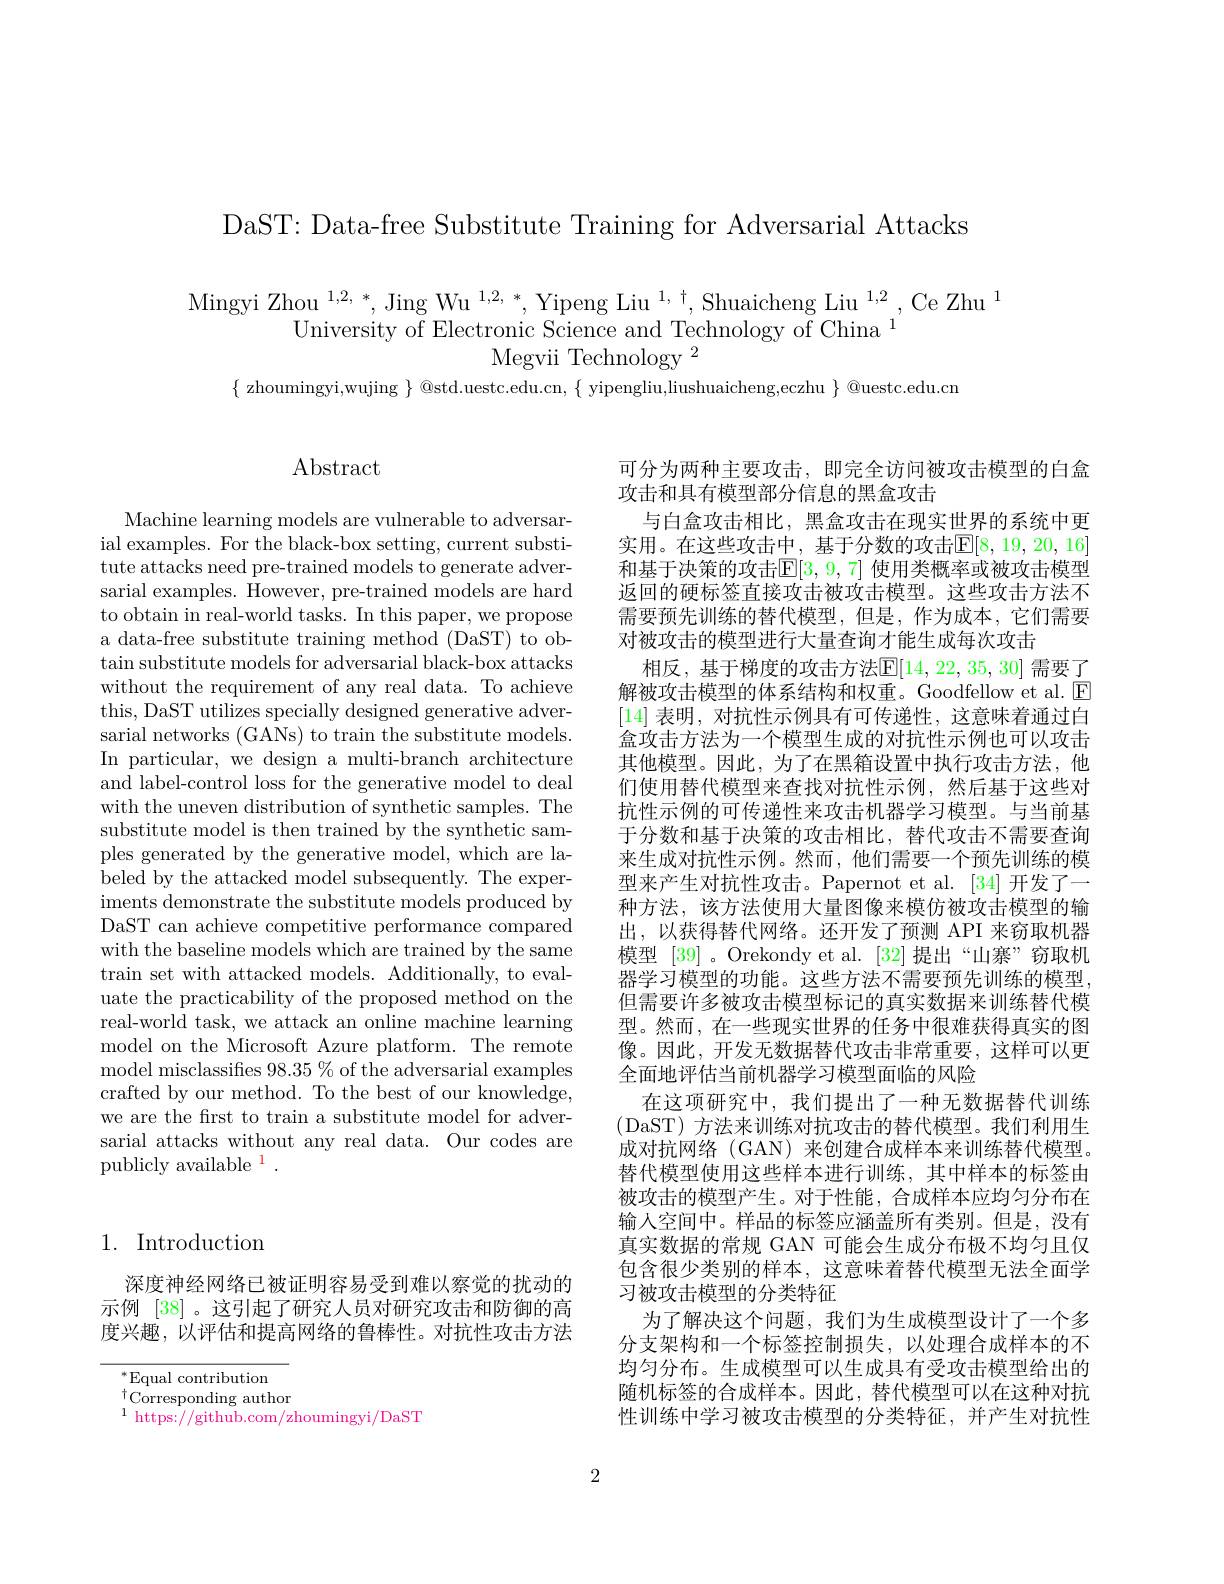
DaST: Data-free Substitute Training for Adversarial Attacks

Mingyi Zhou$^{1,2,\:*}$,Jing Wu$^{1,2,\:*}$,Yipeng Liu$^{1,\:\dagger}$,Shuaicheng Liu$^{1,2}$,Ce Zhu$^{1}$University of Electronic Science and Technology of China$^{1}$
$\mathrm{Megvii~Technologv}^{2}$

$\{$ zhoumingyi,wujing $\}$ @std.uestc.edu.cn, $\{$ yipengliu,liushuaicheng,eczhu $\}$ @uestc.edu.cn

## 1. Introduction

深度神经网络已被证明容易受到难以察觉的扰动的示例 [38]。这引起了研究人员对研究攻击和防御的高度兴趣，以评估和提高网络的鲁棒性。对抗性攻击方法

$^{*}$Equal contribution
$^{\dagger}$Corresponding author
$^{1}$ https://github.com/zhoumingyi/DaST

## $\operatorname{Abstract}$

Machine learning models are vulnerable to adversarial examples. For the black-box setting, current substitute attacks need pre-traine sarial examples. However, pre-trained models are hard to obtain in real-world task a data-free substitute training method (DaST) to obtain substitute models for adversarial black-box attacks without the requirement of any real data. To achieve this, DaST utilizes specially designed generative adversarial networks (GANs) to train the substitute models. In particular, we design a multi-branch architecture and label-control loss for the generative model to deal with the uneven distribution of synthetic samples. The substitute model is then trained by the synthetic samples generated by the generative model, which are la- $\bar{\text{beled by the attacked model subsequently. The exper-}}$ iments demonstrate the subst DaST can achieve competitive performance compared with the baseline models which are trained by the same train set with attacked models. Additionally, to evaluate the practicability of the proposed method on the real-world task, we attack an online machine learning model on the Microsoft Azure platform. The remote model misclassifies 98. 35 $\%$ of the adversarial examples crafted by our method. To the best of our knowledge, we are the first to train a sarial attacks without any real data. Our codes are publicly available $^1.$

可分为两种主要攻击，即完全访问被攻击模型的白盒
攻击和具有模型部分信息的黑盒攻击
与白盒攻击相比，黑盒攻击在现实世界的系统中更实用。在这些攻击中，基于分数的攻击$\mathbb{E}[8,19,20,16]$ 和基于决策的攻击$\mathbb{E}[3,9,7]$ 使用类概率或被攻击模型返回的硬标签直接攻击被攻击模型。这些攻击方法不需要预先训练的替代模型，但是，作为成本，它们需要对被攻击的模型进行大量查询才能生成每次攻击
相反，基于梯度的攻击方法$\mathbb{E}[14,22,35,30]$ 需要了解被攻击模型的体系结构和权重。Goodfellow et [14]表明，对抗性示例具有可传递性，这意味着通过白盒攻击方法为一个模型生成的对抗性示例也可以攻击其他模型。因此，为了在黑箱设置中执行攻击方法，他们使用替代模型来查找对抗性示例，然后基于这些对抗性示例的可传递性来攻击机器学习模型。与当前基于分数和基于决策的攻击相比，替代攻击不需要查询来生成对抗性示例。然而，他们需要一个预先训练的模型来产生对抗性攻击。Papernot et al. [34] 开发了一种方法，该方法使用大量图像来模仿被攻击模型的输出，以获得替代网络。还开发了预测 API 来窃取机器模型 [39]。Orekondy et al. [32]提出“山寨”窃取机器学习模型的功能。这些方法不需要预先训练的模型， 但需要许多被攻击模型标记的真实数据来训练替代模型。然而，在一些现实世界的任务中很难获得真实的图像。因此，开发无数据替代攻击非常重要，这样可以更全面地评估当前机器学习模型面临的风险
在这项研究中，我们提出了一种无数据替代训练(DaST)方法来训练对抗攻击的替代模型。我们利用生成对抗网络(GAN)来创建合成样本来训练替代模型。替代模型使用这些样本进行训练，其中样本的标签由被攻击的模型产生。对于性能，合成样本应均匀分布在输人空间中。样品的标签应涵盖所有类别。但是，没有真实数据的常规 GAN 可能会生成分布极不均匀且仅包含很少类别的样本，这意味着替代模型无法全面学习被攻击模型的分类特征
为了解决这个问题，我们为生成模型设计了一个多分支架构和一个标签控制损失，以处理合成样本的不均匀分布。生成模型可以生成具有受攻击模型给出的随机标签的合成样本。因此，替代模型可以在这种对抗性训练中学习被攻击模型的分类特征，并产生对抗性

2